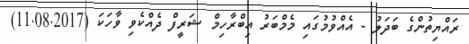
ރައްޔިތުންގެ ބަދަލު - އެއްވުމުގައި މެމްބަރު އިބްރާހިމް ޝަރީފް ދެއްކެވި ވާހަކަ (11.08.2017)